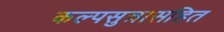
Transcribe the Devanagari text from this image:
कल्पसुत्रासहित